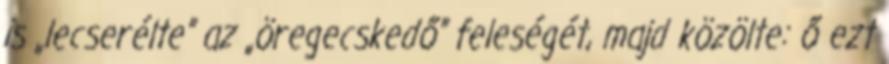
is „lecserélte” az „öregecskedő” feleségét, majd közölte: ő ezt